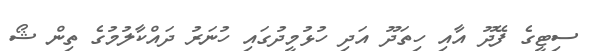
ސިޓީގެ ފޭދޫ އާއި ހިތަދޫ އަދި ހުޅުމީދުގައި ހުނަރު ދައްކާލުމުގެ ތިން ޝޯ